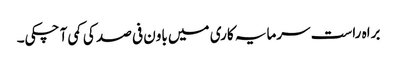
براہ راست سرمایہ کاری میں باون فی صد کی کمی آ چکی۔